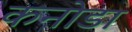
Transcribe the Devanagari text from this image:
कनोडा